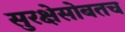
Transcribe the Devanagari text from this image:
सुरक्षेसोबतच